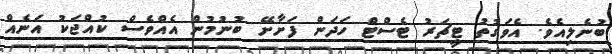
ބުނެލިއެވެ. އެވަގުތު ޓީޗަރު ޓެސްޓް ހަދަން ފަށާށޭ ބުނުމުން އެއްވެސް ކުއްޖަކު އަނެއް